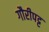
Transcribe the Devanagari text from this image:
गौरीपट्ट